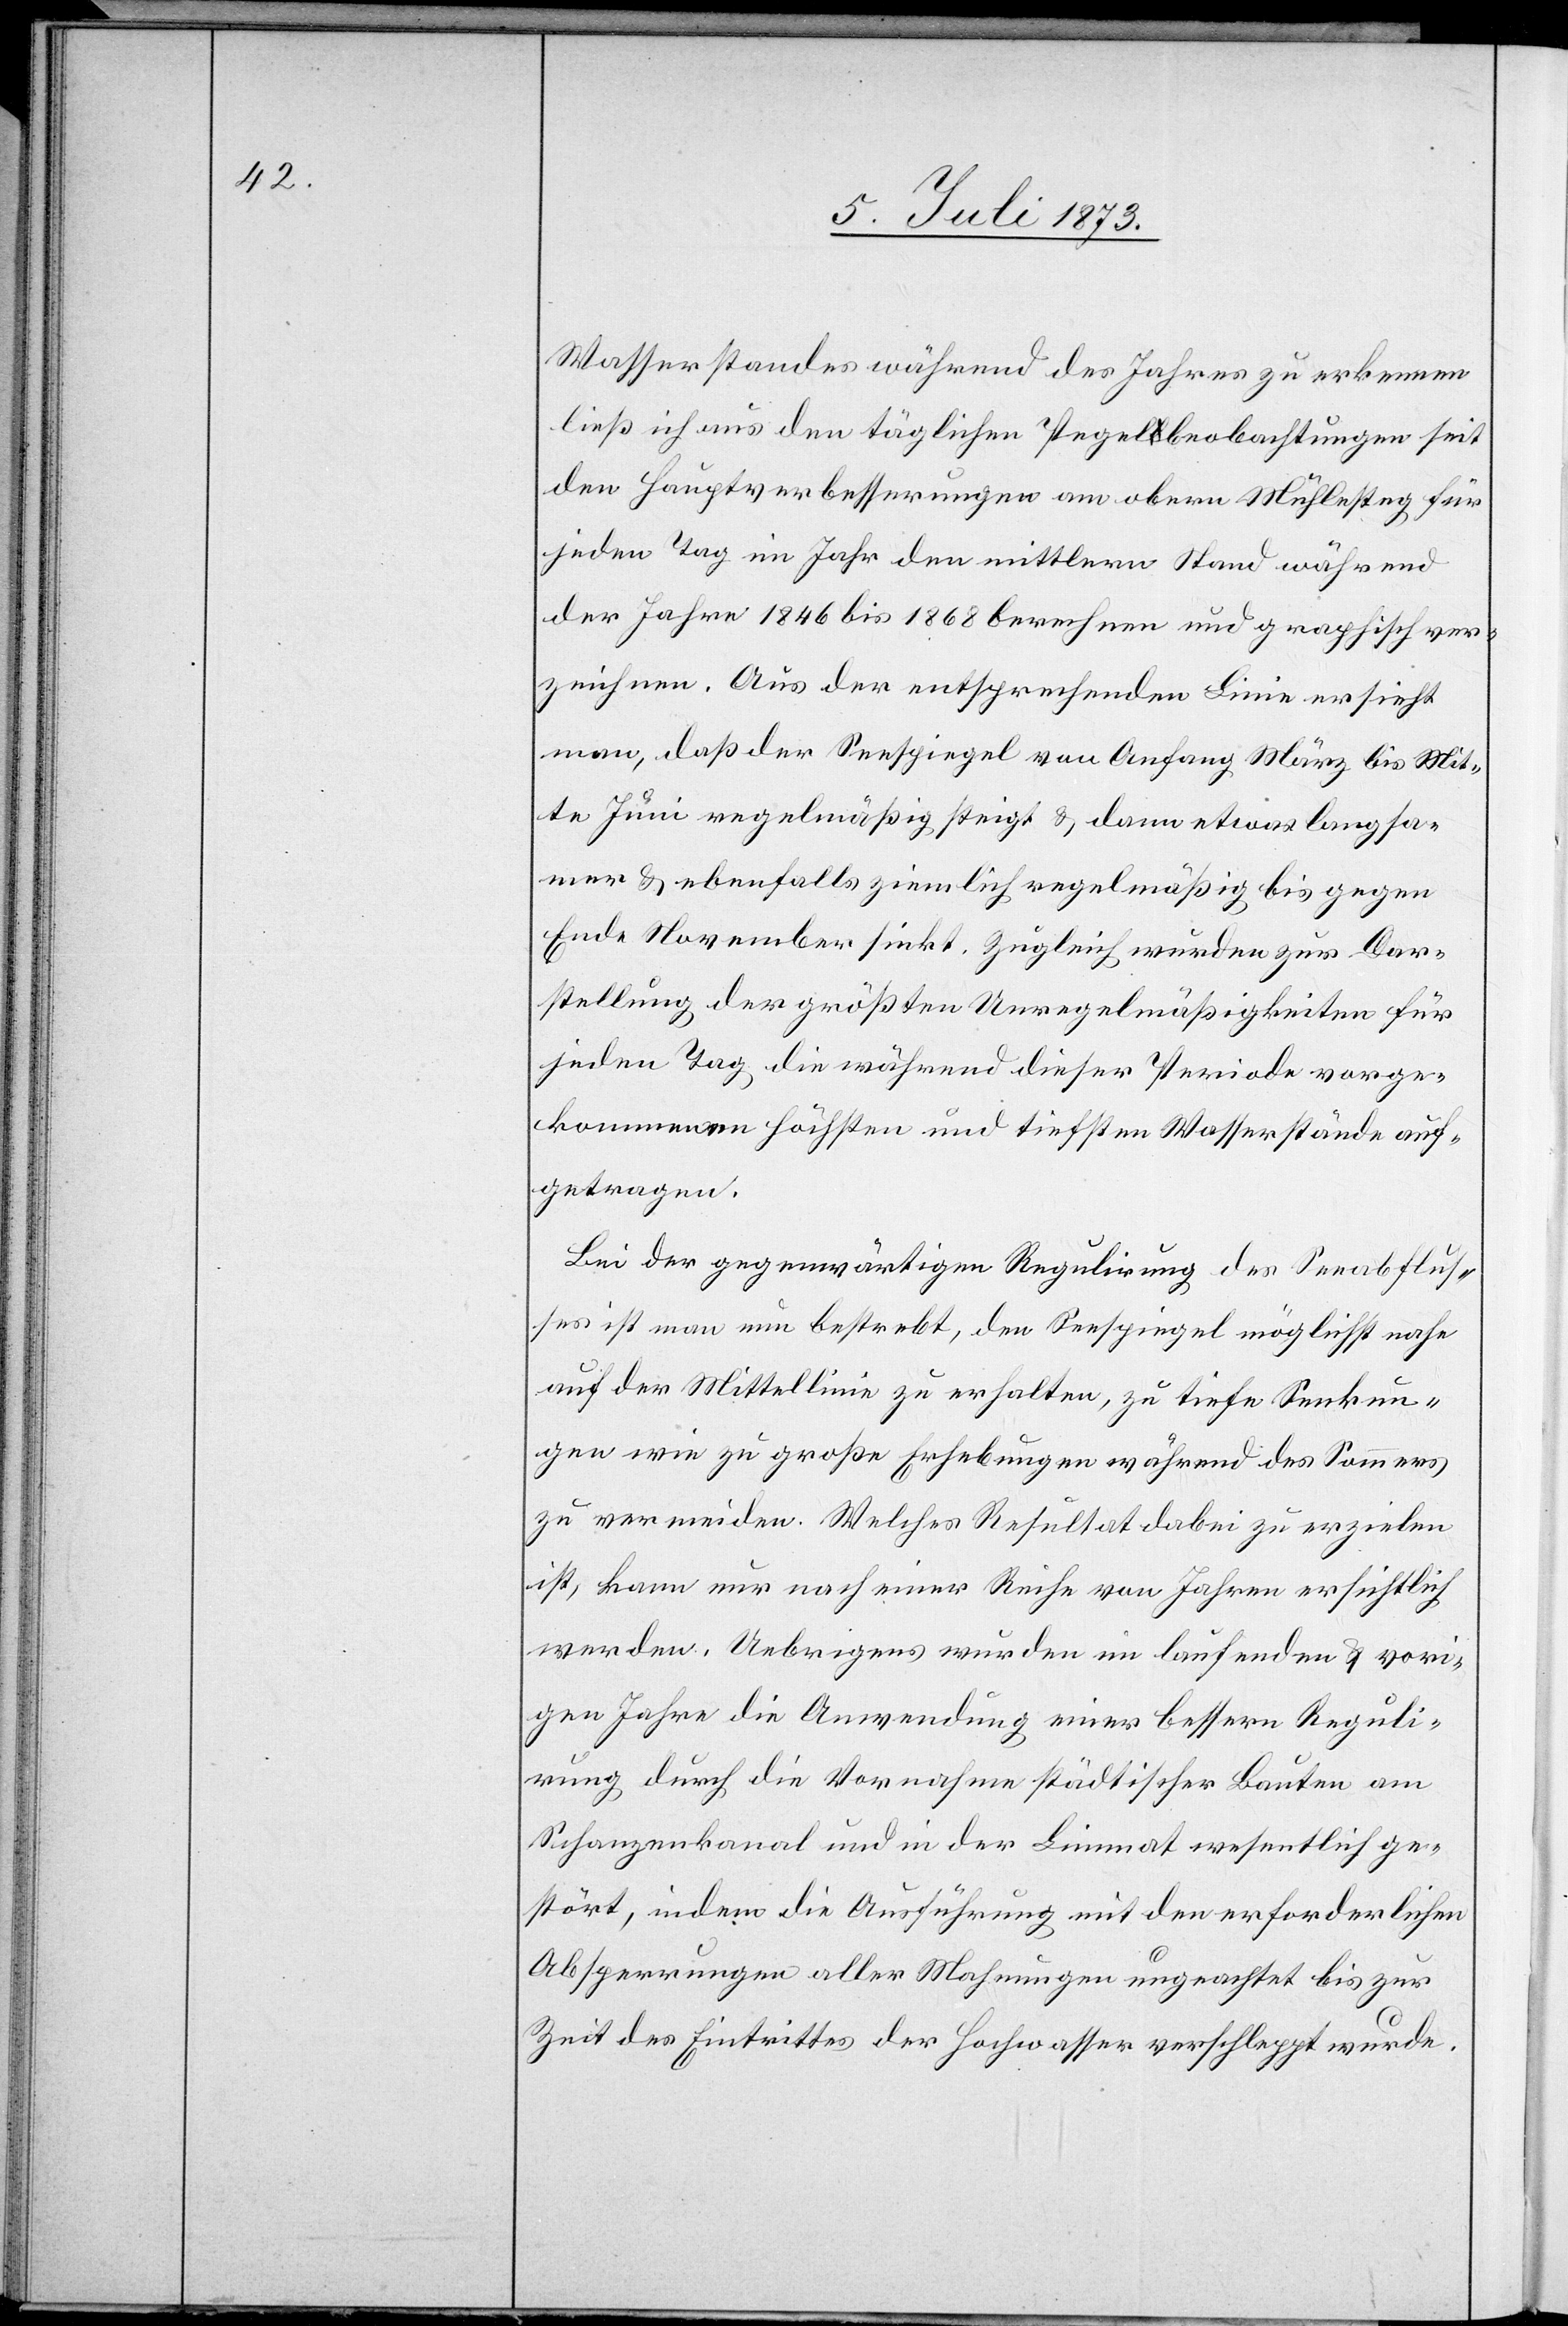
Wasserstandes während des Jahres zu erkennen
ließ ich aus den täglichen Pegelbeobachtungen seit
den Hauptverbesserungen am obern Mühlesteg für
jeden Tag im Jahr den mittlern Stand während
der Jahre 1864 bis 1868 berechnen und graphisch ver¬
zeichnen. Aus der entsprechenden Linie ersieht
man, daß der Seespiegel von Anfang März bis Mit¬
te Juni regelmäßig steigt & dann etwas langsa¬
mer & ebenfalls ziemlich regelmäßig bis gegen
Ende November sinkt. Zugleich wurden zur Dar¬
stellung der größten Unregelmäßigkeiten für
jeden Tag die während dieser Periode vorge¬
kommenen höchsten und tiefsten Wasserstände auf¬
getragen.
Bei der gegenwärtigen Regulirung des Seeabflus¬
ses ist man nun bestrebt, den Seespiegel möglichst nahe
auf der Mittellinie zu erhalten, zu tiefe Senkun¬
gen wie zu große Erhebungen während des Sommers
zu vermeiden. Welches Resultat dabei zu erzielen
ist, kann nur nach einer Reihe von Jahren ersichtlich
werden. Uebrigens wurden im laufenden & vori¬
gen Jahre die Anwendung einer bessern Reguli¬
rung durch die Vornahme städtischer Bauten am
Schanzenkanal und in der Limmat wesentlich ge¬
stört, indem die Ausführung mit den erforderlichen
Absperrungen aller Mahnungen ungeachtet bis zur
Zeit des Eintrittes der Hochwasser verschleppt wurde.